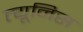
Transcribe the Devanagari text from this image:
त्यूनिस